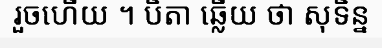
រួចហើយ ។ បិតា ឆ្លើយ ថា សុទិន្ន